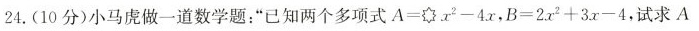
24.(10分)小马虎做一道数学题：”已知两个多项式$ $ A = x ^ { 2 } - 4 x $ $，$ $ B = 2 x ^ { 2 } + 3 x - 4 $ $，试求A